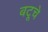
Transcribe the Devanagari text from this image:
बटूचे